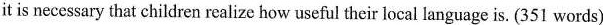
it is necessary that children realize how useful their local language is. (351 words)